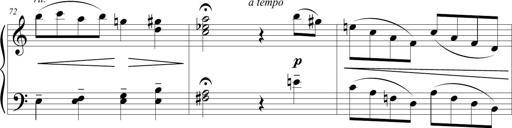
Title: Sonatina (Piano Sonata No.9)
Composer: Richard St. Clair